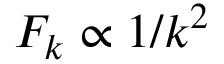
F _ { k } \propto 1 / k ^ { 2 }